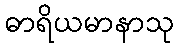
ဓာရိယမာနာသု